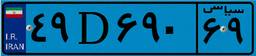
۴۹D۶۹۰۶۹